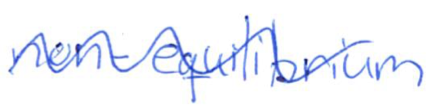
Text: non-equilibrium
Cross-out: mix
Writing tool: ballpoint